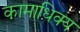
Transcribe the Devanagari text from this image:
कामाधिक्य